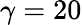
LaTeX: \gamma=20